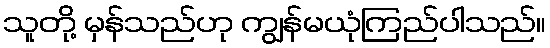
သူတို့ မှန်သည်ဟု ကျွန်မယုံကြည်ပါသည်။